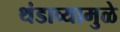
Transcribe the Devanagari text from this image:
थंडाव्यामुळे